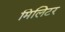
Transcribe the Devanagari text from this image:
मिलिटर